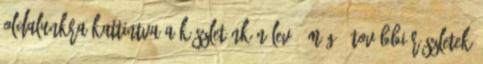
Oldalunkra kattintva a készletünkön levő ,még . további részletek